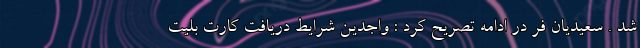
شد . سعیدیان فر در ادامه تصریح کرد : واجدین شرایط دریافت کارت بلیت